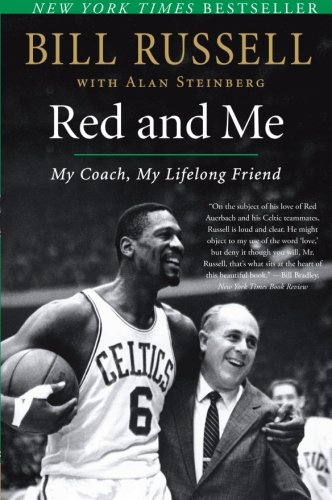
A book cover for Red and Me: My Coach, My Lifelong Friend; Bill Russell; Biographies & Memoirs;